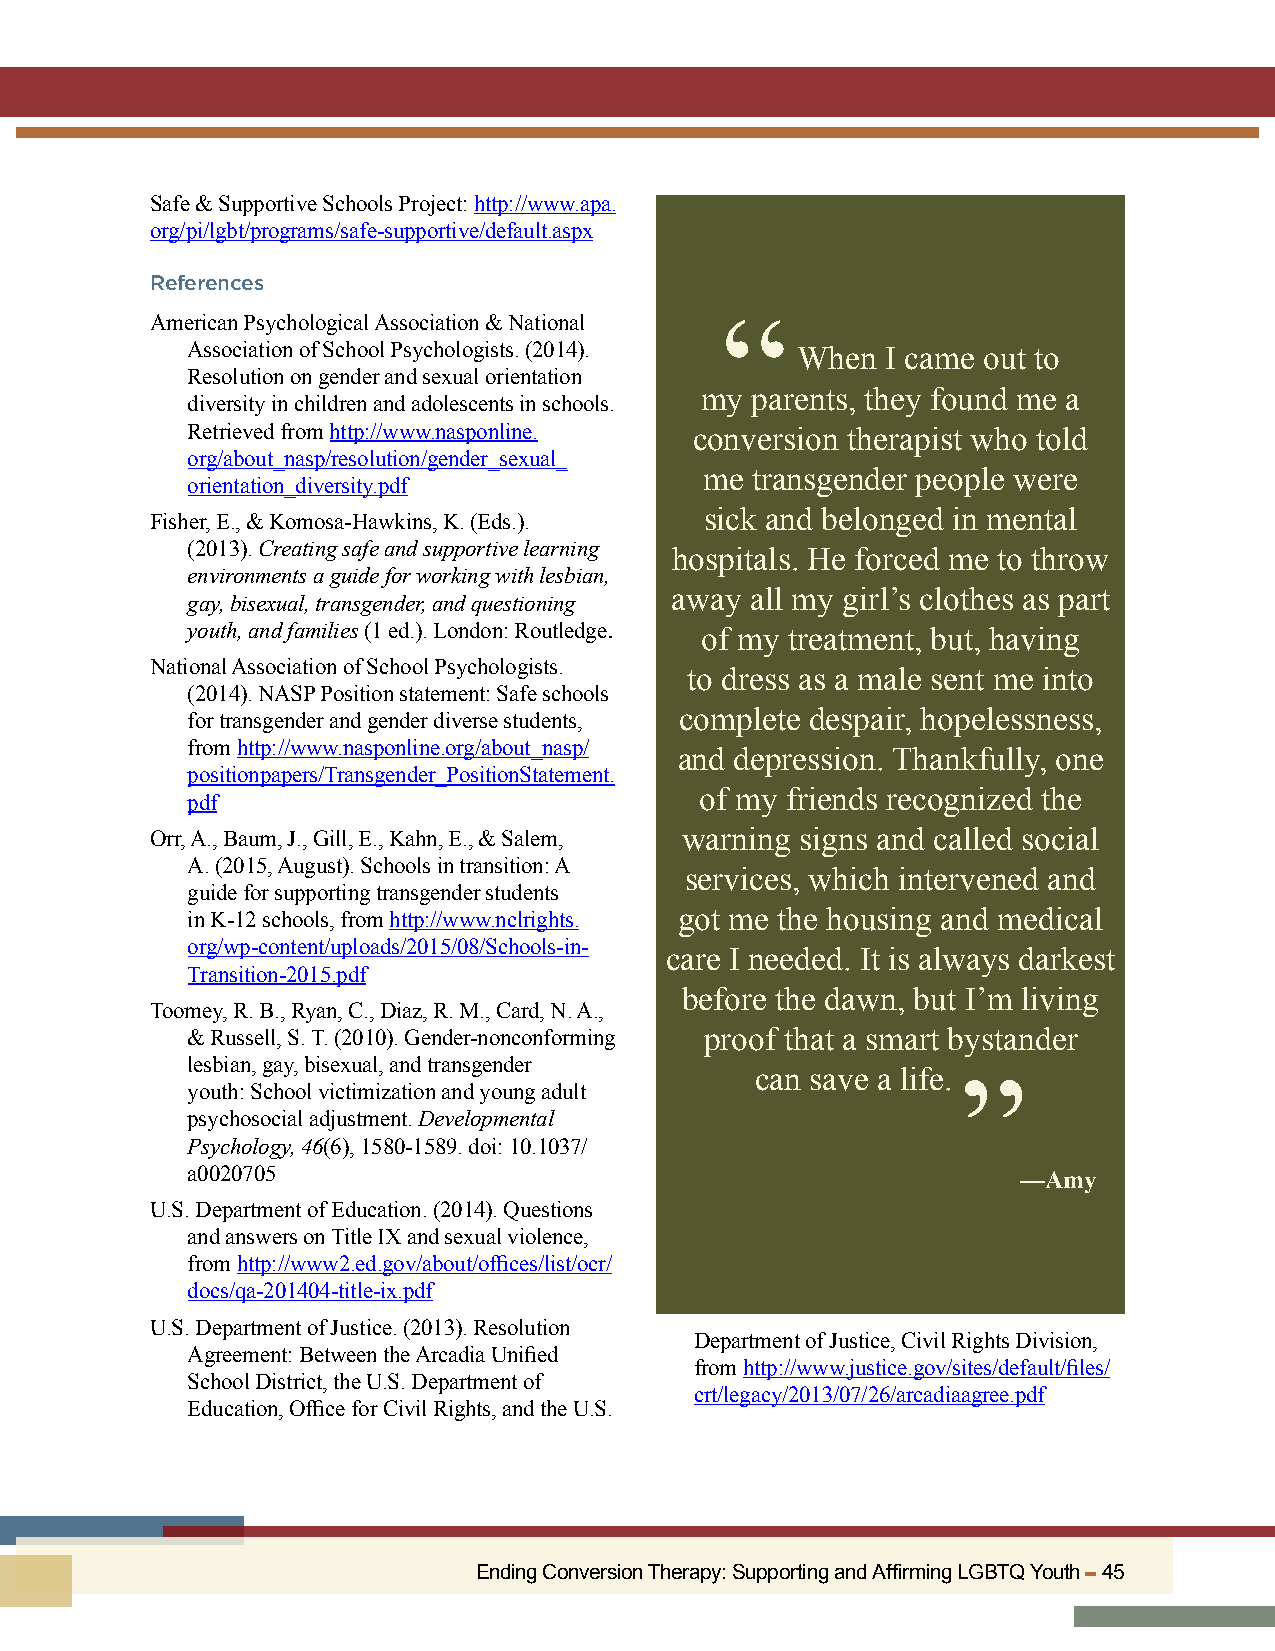
Safe & Supportive Schools Project: http://www.apa.
 org/pi/lgbt/programs/safe-supportive/default.aspx
 References
 American Psychological Association & National “
 Association of School Psychologists. (2014). When I came out to
 Resolution on gender and sexual orientation
 my  parents, they found me a
 diversity in children and adolescents in schools.
 Retrieved from http://www.nasponline. conversion therapist who told
 org/about_nasp/resolution/gender_sexual_
 me transgender people were
 orientation_diversity.pdf
 sick and belonged in mental
 Fisher, E., & Komosa-Hawkins, K. (Eds.).
 (2013). Creating safe and supportive learning hospitals. He forced me to throw
 environments a guide for working with lesbian,
 away  all my girl’s clothes as part
 gay, bisexual, transgender, and questioning
 youth, and families (1 ed.). London: Routledge. of my treatment, but, having
 National Association of School Psychologists.
 to dress as a male sent me into
 (2014). NASP Position statement: Safe schools
 for transgender and gender diverse students, complete despair, hopelessness,
 from http://www.nasponline.org/about_nasp/
 and depression. Thankfully, one
 positionpapers/Transgender_PositionStatement.
 of my friends recognized the
 pdf
 Orr, A., Baum, J., Gill, E., Kahn, E., & Salem, warning signs and called social
 A.(2015, August). Schools in transition: A
 services, which intervened and
 guide for supporting transgender students
 in K-12 schools, from http://www.nclrights. got me the housing and medical
 org/wp-content/uploads/2015/08/Schools-in-
 care I needed. It is always darkest
 Transition-2015.pdf
 before the dawn, but I’m living
 Toomey, R. B., Ryan, C., Diaz, R. M., Card, N. A.,
 & Russell, S. T. (2010). Gender-nonconforming proof that a smart bystander
 lesbian, gay, bisexual, and transgender
 can save a life.
 youth: School victimization and young adult         ”
 psychosocial adjustment. Developmental
 Psychology, 46(6), 1580-1589. doi: 10.1037/
 a0020705                                                —Amy
 U.S. Department of Education. (2014). Questions
 and answers on Title IX and sexual violence,
 from http://www2.ed.gov/about/offices/list/ocr/
 docs/qa-201404-title-ix.pdf
 U.S. Department of Justice. (2013). Resolution
 Department of Justice, Civil Rights Division,
 Agreement: Between the Arcadia Unified
 from http://www.justice.gov/sites/default/files/
 School District, the U.S. Department of
 crt/legacy/2013/07/26/arcadiaagree.pdf
 Education, Office for Civil Rights, and the U.S.
 Ending Conversion Therapy: Supporting and Affirming LGBTQ Youth ▬ 45